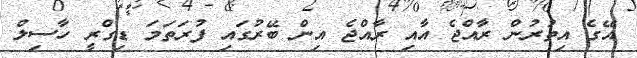
އޭގެ އިތުރުން ރާއްޖެ އާއި ރާއްޖެ އިން ބޭރުގައި ފުރަތަމަ ޑިގްރީ ހާސިލް